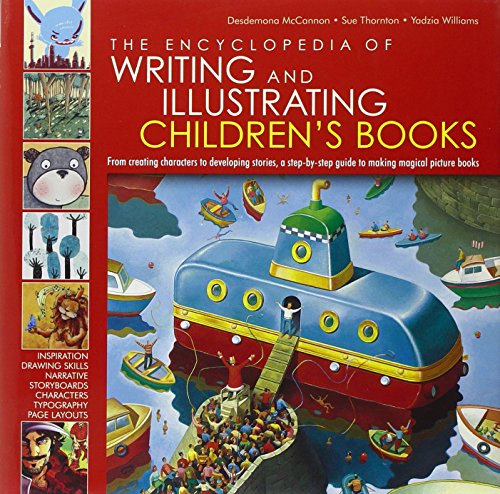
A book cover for The Encyclopedia of Writing and Illustrating Children's Books: From creating characters to developing stories, a step-by-step guide to making magical picture books; Desdemona McCannon; Reference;